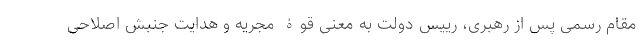
مقام رسمی پس از رهبری، رییس دولت به معنی قوۀ مجریه و هدایت جنبش اصلاحی